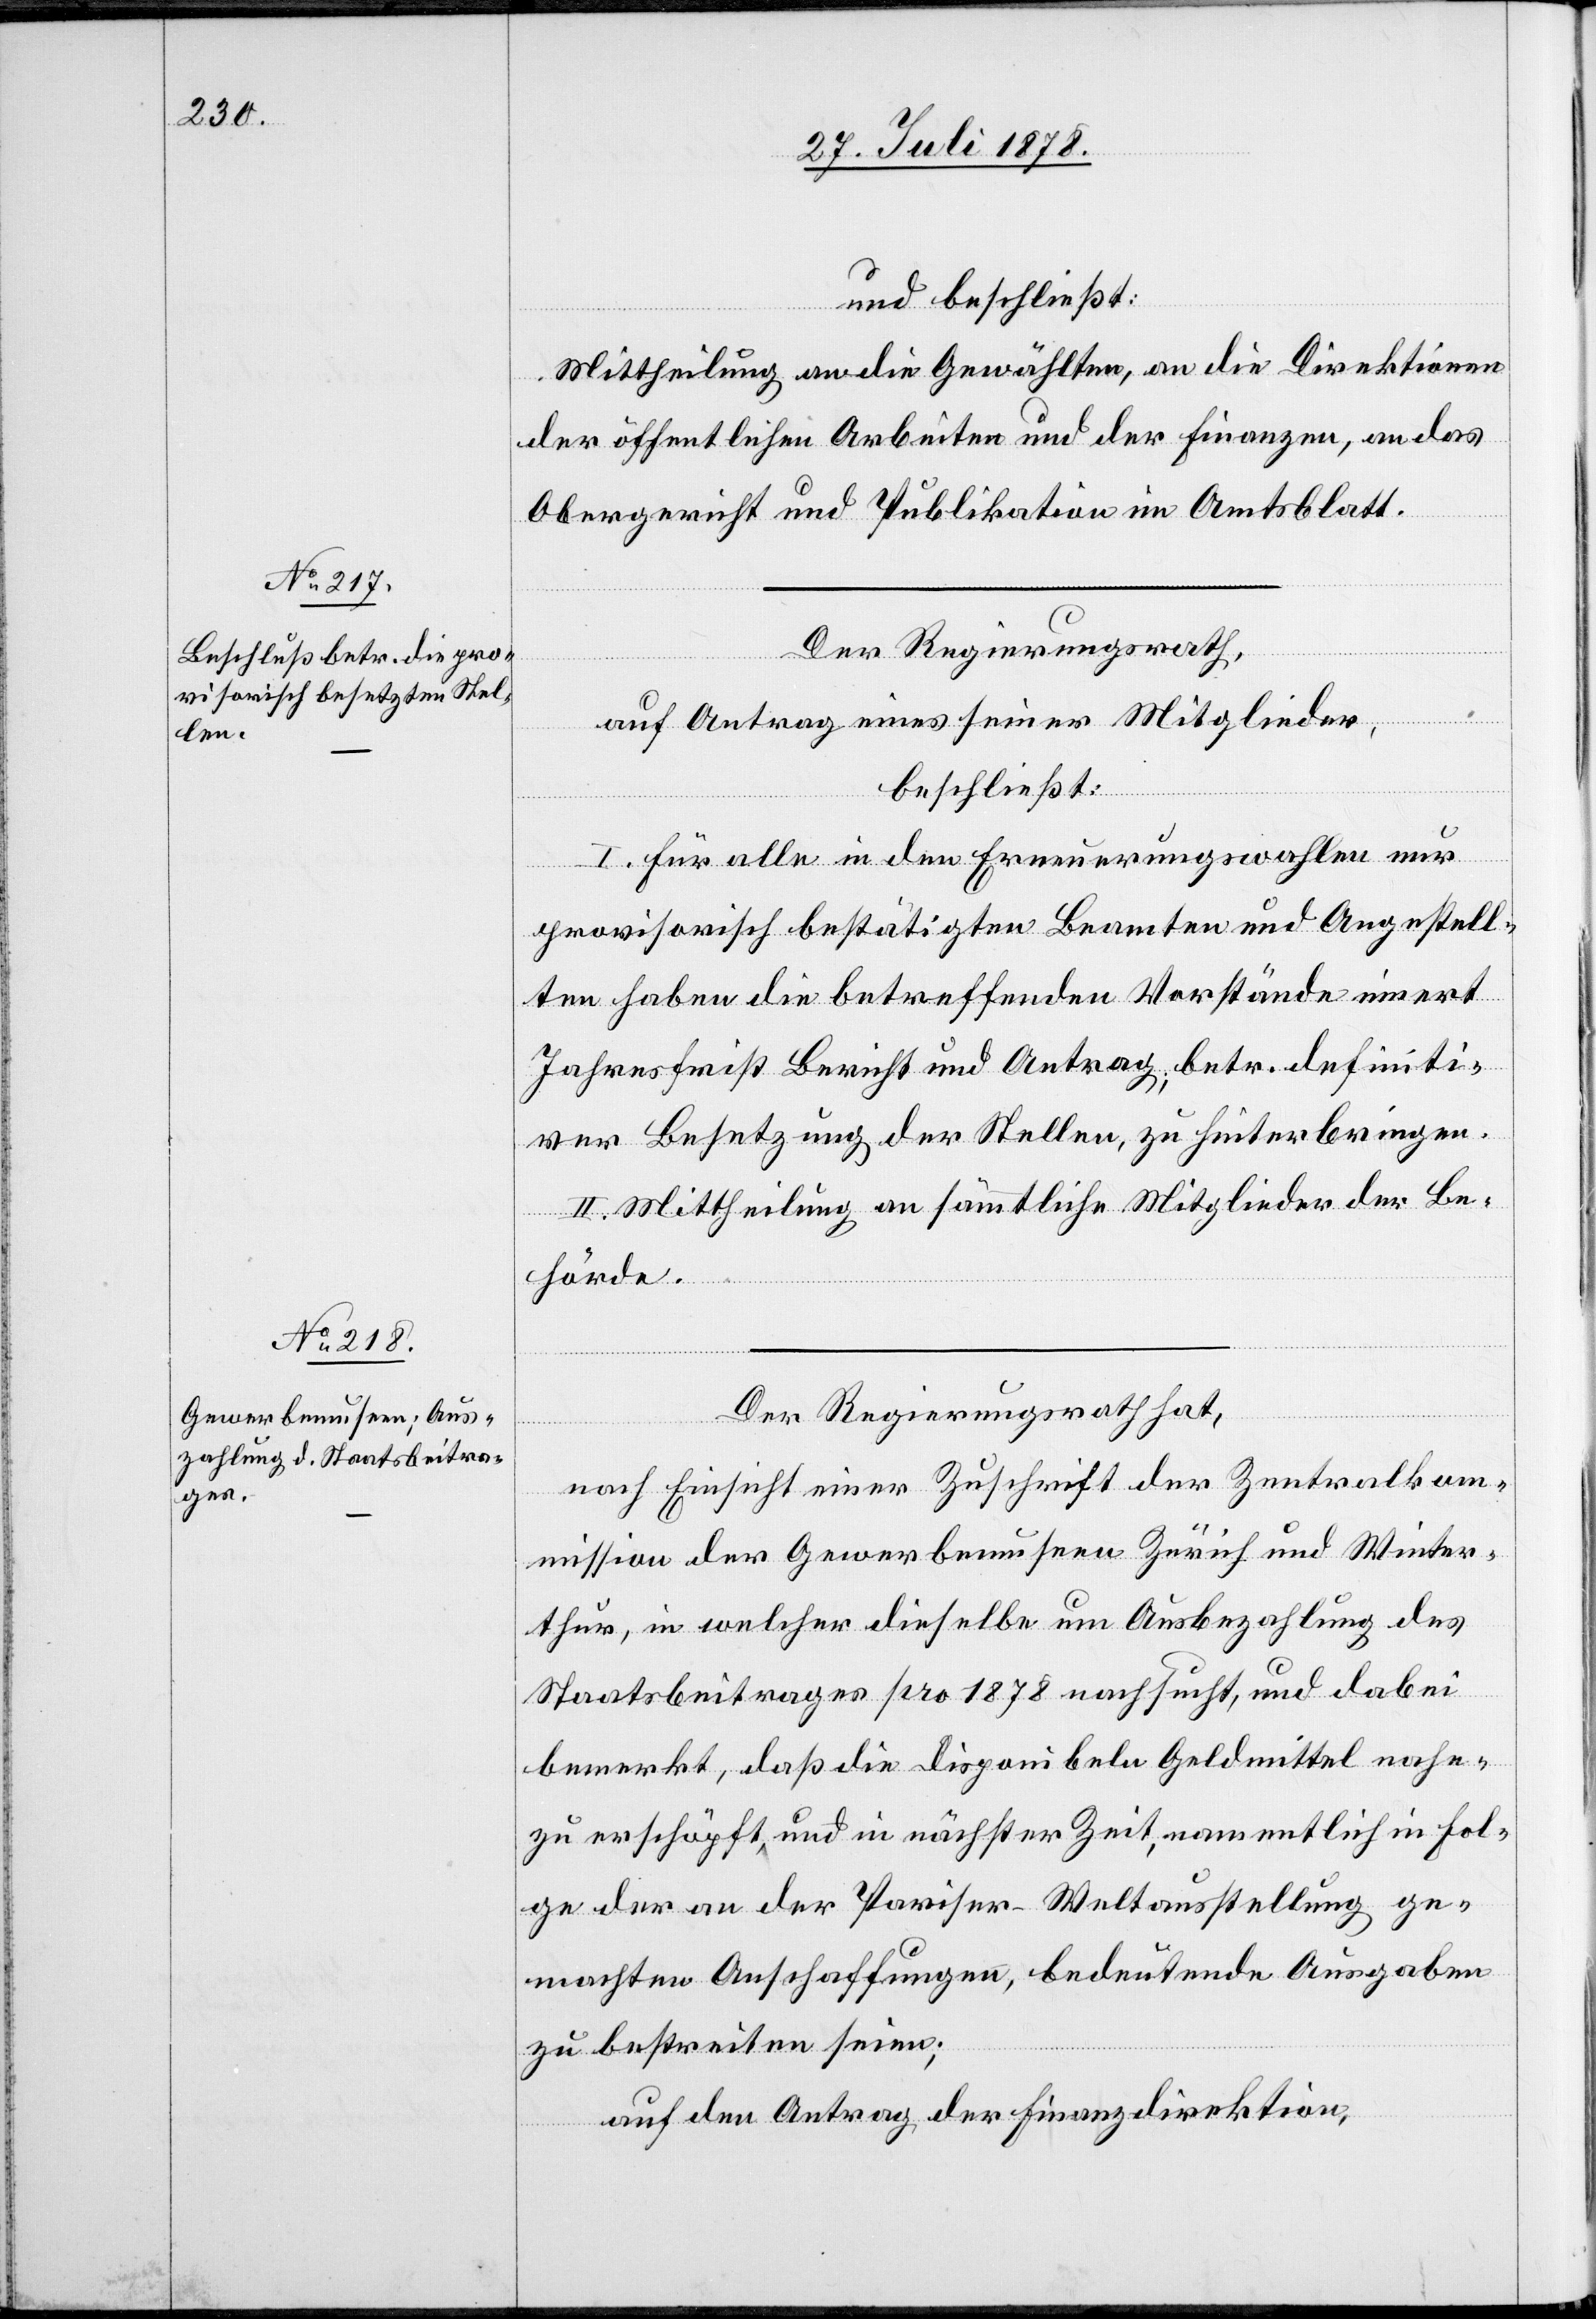
und beschließt:
Mittheilung an die Gewählten, an die Direktionen
der öffentlichen Arbeiten und der Finanzen, an das
Obergericht und Publikation im Amtsblatt.
Der Regierungsrath
auf Antrag eines seiner Mitglieder,
beschließt:
I. Für alle in den Erneuerungswahlen nur
provisorisch bestätigten Beamten und Angestell¬
ten haben die betreffenden Vorstände innert
Jahresfrist Bericht und Antrag, betr. definiti¬
ver Besetzung der Stellen zu hinterbringen.
II. Mittheilung an sämmtliche Mitglieder der Be¬
hörde.
Der Regierungsrath hat,
nach Einsicht einer Zuschrift der Zentralkom¬
mission der Gewerbemuseen Zürich und Winter¬
thur, in welcher dieselbe um Ausbezahlung des
Staatsbeitrages pro 1878 nachsucht, und dabei
bemerkt, daß die disponibeln Geldmittel nahe¬
zu erschöpft, und in nächster Zeit, namentlich in Fol¬
ge der an der Pariser-Weltausstellung ge¬
machten Anschaffungen, bedeutende Ausgaben
zu bestreiten seien;
auf den Antrag der Finanzdirektion,